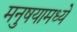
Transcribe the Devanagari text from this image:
मनुषयामध्ये